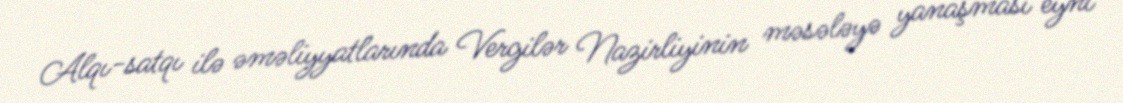
Alqı-satqı ilə əməliyyatlarında Vergilər Nazirliyinin məsələyə yanaşması eyni